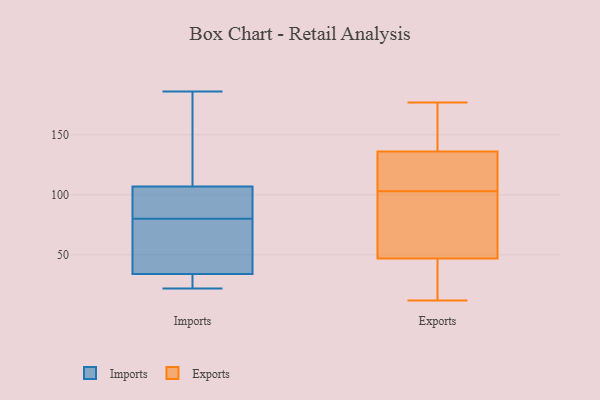
{"axis": {"x": "Website Visitors", "y": "Value"}, "legend": ["Exports", "Imports"], "data": [{"x": "", "y": 68, "type": "Imports"}, {"x": "", "y": 22, "type": "Imports"}, {"x": "", "y": 34, "type": "Imports"}, {"x": "", "y": 107, "type": "Imports"}, {"x": "", "y": 128, "type": "Imports"}, {"x": "", "y": 96, "type": "Imports"}, {"x": "", "y": 168, "type": "Imports"}, {"x": "", "y": 81, "type": "Imports"}, {"x": "", "y": 25, "type": "Imports"}, {"x": "", "y": 41, "type": "Imports"}, {"x": "", "y": 98, "type": "Imports"}, {"x": "", "y": 79, "type": "Imports"}, {"x": "", "y": 186, "type": "Imports"}, {"x": "", "y": 23, "type": "Imports"}, {"x": "", "y": 95, "type": "Exports"}, {"x": "", "y": 12, "type": "Exports"}, {"x": "", "y": 140, "type": "Exports"}, {"x": "", "y": 136, "type": "Exports"}, {"x": "", "y": 47, "type": "Exports"}, {"x": "", "y": 177, "type": "Exports"}, {"x": "", "y": 74, "type": "Exports"}, {"x": "", "y": 24, "type": "Exports"}, {"x": "", "y": 111, "type": "Exports"}, {"x": "", "y": 123, "type": "Exports"}]}